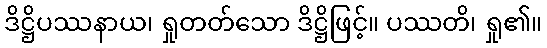
ဒိဋ္ဌိပဿနာယ၊ ရှုတတ်သော ဒိဋ္ဌိဖြင့်။ ပဿတိ၊ ရှု၏။